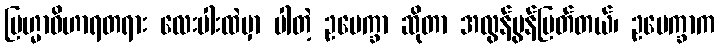
ဗြဟ္မာဝိဟာရတရား လေးပါးထဲမှာ ပါတဲ့ ဥပေက္ခာ ဆိုတာ အလွန်မွန်မြတ်တယ်၊ ဥပေက္ခာက